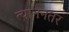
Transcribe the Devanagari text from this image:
त्याननतर